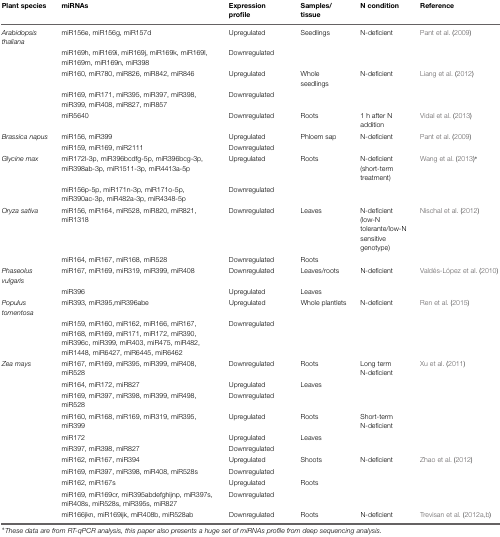
<table><thead><tr><td><b>Plant species</b></td><td><b>miRNAs</b></td><td><b>Expression profile</b></td><td><b>Samples/tissue</b></td><td><b>N condition</b></td><td><b>Reference</b></td></tr></thead><tbody><tr><td><i>Arabidopsis thaliana</i></td><td>miR156e, miR156g, miR157d</td><td>Upregulated</td><td>Seedlings</td><td>N-deficient</td><td>Pant et al. (2009)</td></tr><tr><td></td><td>miR169h, miR169i, miR169j, miR169k, miR169l, miR169m, miR169n, miR398</td><td>Downregulated</td><td></td><td></td><td></td></tr><tr><td></td><td>miR160, miR780, miR826, miR842, miR846</td><td>Upregulated</td><td>Whole seedlings</td><td>N-deficient</td><td>Liang et al. (2012)</td></tr><tr><td></td><td>miR169, miR171, miR395, miR397, miR398, miR399, miR408, miR827, miR857</td><td>Downregulated</td><td></td><td></td><td></td></tr><tr><td></td><td>miR5640</td><td>Downregulated</td><td>Roots</td><td>1 h after N addition</td><td>Vidal et al. (2013)</td></tr><tr><td><i>Brassica napus</i></td><td>miR156, miR399</td><td>Upregulated</td><td>Phloem sap</td><td>N-deficient</td><td>Pant et al. (2009)</td></tr><tr><td></td><td>miR159, miR169, miR2111</td><td>Downregulated</td><td></td><td></td><td></td></tr><tr><td><i>Glycine max</i></td><td>miR172l-3p, miR396bcdfg-5p, miR396bcg-3p, miR398ab-3p, miR1511-3p, miR4413a-5p</td><td>Upregulated</td><td>Roots</td><td>N-deficient (short-term treatment)</td><td>Wang et al. (2013)*</td></tr><tr><td></td><td>miR156p-5p, miR171n-3p, miR171o-5p, miR390ac-3p, miR482a-3p, miR4348-5p</td><td>Downregulated</td><td></td><td></td><td></td></tr><tr><td><i>Oryza sativa</i></td><td>miR156, miR164, miR528, miR820, miR821, miR1318</td><td>Downregulated</td><td>Leaves</td><td>N-deficient (low-N tolerante/low-N sensitive genotype)</td><td>Nischal et al. (2012)</td></tr><tr><td></td><td>miR164, miR167, miR168, miR528</td><td>Downregulated</td><td>Roots</td><td></td><td></td></tr><tr><td><i>Phaseolus vulgaris</i></td><td>miR167, miR169, miR319, miR399, miR408</td><td>Downregulated</td><td>Leaves/roots</td><td>N-deficient</td><td>Valdés-López et al. (2010)</td></tr><tr><td></td><td>miR396</td><td>Upregulated</td><td>Leaves</td><td></td><td></td></tr><tr><td><i>Populus tomentosa</i></td><td>miR393, miR395,miR396abe</td><td>Upregulated</td><td>Whole plantlets</td><td>N-deficient</td><td>Ren et al. (2015)</td></tr><tr><td></td><td>miR159, miR160, miR162, miR166, miR167, miR168, miR169, miR171, miR172, miR390, miR396c, miR399, miR403, miR475, miR482, miR1448, miR6427, miR6445, miR6462</td><td>Downregulated</td><td></td><td></td><td></td></tr><tr><td><i>Zea mays</i></td><td>miR167, miR169, miR395, miR399, miR408, miR528</td><td>Downregulated</td><td>Roots</td><td>Long term N-deficient</td><td>Xu et al. (2011)</td></tr><tr><td></td><td>miR164, miR172, miR827</td><td>Upregulated</td><td>Leaves</td><td></td><td></td></tr><tr><td></td><td>miR169, miR397, miR398, miR399, miR498, miR528</td><td>Downregulated</td><td></td><td></td><td></td></tr><tr><td></td><td>miR160, miR168, miR169, miR319, miR395, miR399</td><td>Upregulated</td><td>Roots</td><td>Short-term N-deficient</td><td></td></tr><tr><td></td><td>miR172</td><td>Upregulated</td><td>Leaves</td><td></td><td></td></tr><tr><td></td><td>miR397, miR398, miR827</td><td>Downregulated</td><td></td><td></td><td></td></tr><tr><td></td><td>miR162, miR167, miR394</td><td>Upregulated</td><td>Shoots</td><td>N-deficient</td><td>Zhao et al. (2012)</td></tr><tr><td></td><td>miR169, miR397, miR398, miR408, miR528s</td><td>Downregulated</td><td></td><td></td><td></td></tr><tr><td></td><td>miR162, miR167s</td><td>Upregulated</td><td>Roots</td><td></td><td></td></tr><tr><td></td><td>miR169, miR169cr, miR395abdefghijnp, miR397s, miR408s, miR528s, miR395s, miR827</td><td>Downregulated</td><td></td><td></td><td></td></tr><tr><td></td><td>miR166jkn, miR169ijk, miR408b, miR528ab</td><td>Downregulated</td><td>Roots</td><td>N-deficient</td><td>Trevisan et al. (2012a,b)</td></tr></tbody></table>